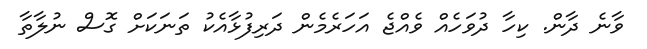
ވާނެ ދާން. ކިހާ ދުވަހެއް ވެއްޖެ އަހަރެމެން ދަރިފުޅާއެކު ތަނަކަށް ގޮސް ނުލާތާ